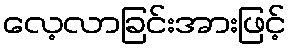
လေ့လာခြင်းအားဖြင့်